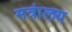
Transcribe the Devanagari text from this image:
मत्रांलय